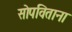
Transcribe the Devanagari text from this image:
सोपविताना